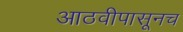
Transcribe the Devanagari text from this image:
आठवीपासूनच